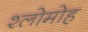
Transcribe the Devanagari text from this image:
श्लोमोह